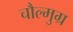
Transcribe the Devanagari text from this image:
चौल्मुग्र